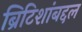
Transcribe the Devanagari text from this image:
ब्रिटिशांबद्दल